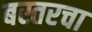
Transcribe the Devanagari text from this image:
बस्तरचा